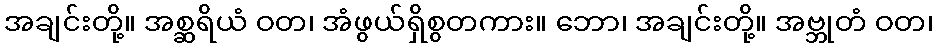
အချင်းတို့။ အစ္ဆရိယံ ဝတ၊ အံဖွယ်ရှိစွတကား။ ဘော၊ အချင်းတို့။ အဗ္ဘုတံ ဝတ၊